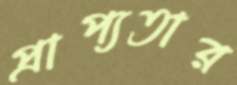
প্রাপ্যতার